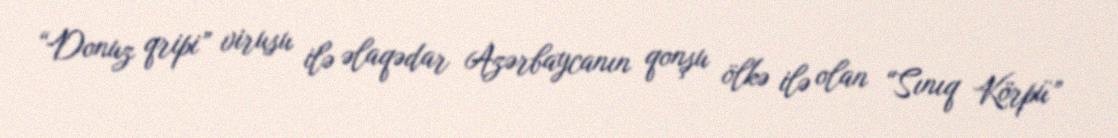
“Donuz qripi” virusu ilə əlaqədar Azərbaycanın qonşu ölkə ilə olan “Sınıq Körpü”